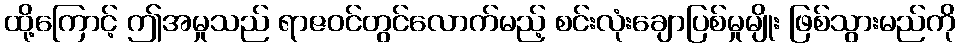
ထို့ကြောင့် ဤအမှုသည် ရာဇဝင်တွင်လောက်မည့် စင်းလုံးချောပြစ်မှုမျိုး ဖြစ်သွားမည်ကို